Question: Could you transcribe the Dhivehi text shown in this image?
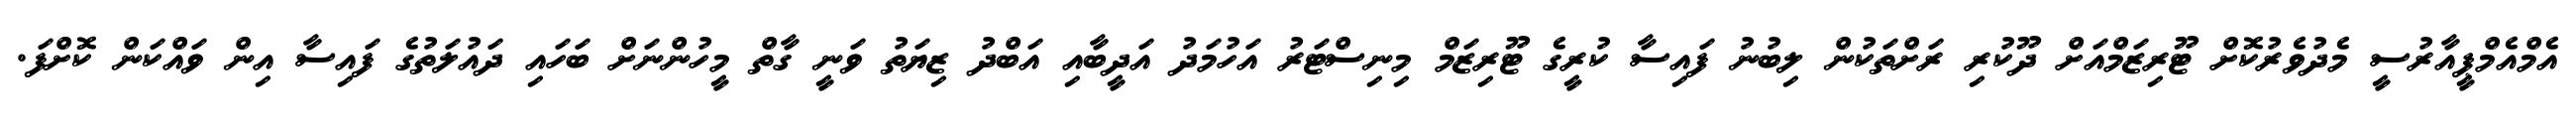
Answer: އެމްއެމްޕީއާރުސީ މެދުވެރުކޮށް ޓޫރިޒަމްއަށް ދޫކުރި ރަށްތަކުން ލިބުނު ފައިސާ ކުރީގެ ޓޫރިޒަމް މިނިސްޓަރު އަހުމަދު އަދީބާއި އަބްދު ޒިޔަތު ވަނީ ގާތް މީހުންނަށް ބަހައި ދައުލަތުގެ ފައިސާ އިން ވައްކަން ކޮށްފަ.